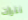
نترات